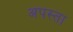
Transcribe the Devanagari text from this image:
अपस्ता